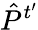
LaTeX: \hat{P}^{t^{\prime}}